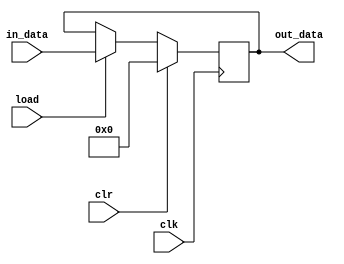
module register #(parameter n=16)
	(
    input load,clr,clk,
    input [n-1:0] in_data,
    output [n-1:0] out_data
    );
	
	reg [n-1:0] tmp;
	assign out_data = tmp;

	always@(posedge clk)
		if(clr)
			tmp <= 0;
		else if(load)
			tmp <= in_data;
			
	


endmodule